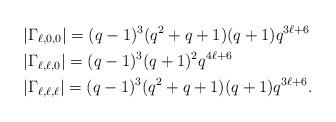
LaTeX: \begin{align*} &|\Gamma_{\ell,0,0}|=(q-1)^3(q^2+q+1)(q+1)q^{3\ell+6}\\&|\Gamma_{\ell,\ell,0}|=(q-1)^3(q+1)^2q^{4\ell+6}\\ &|\Gamma_{\ell,\ell,\ell}|=(q-1)^3(q^2+q+1)(q+1)q^{3\ell+6}. \end{align*}